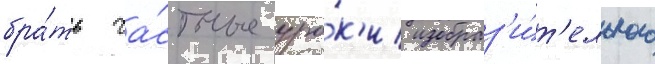
бра́ть ча́стные уро́к'и изобраз'и́т'ельного